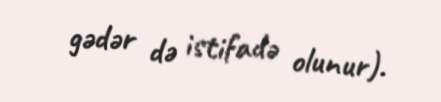
gədər də istifadə olunur).